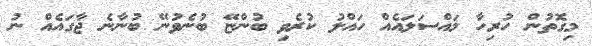
މިގޮތުން ހުރިހާ މައްސަލައެއް ހައްލު ކުރެވި ބުންޏޭ ބުނެވުނޭ ބުނާނެ ޖާގައެއް ނު